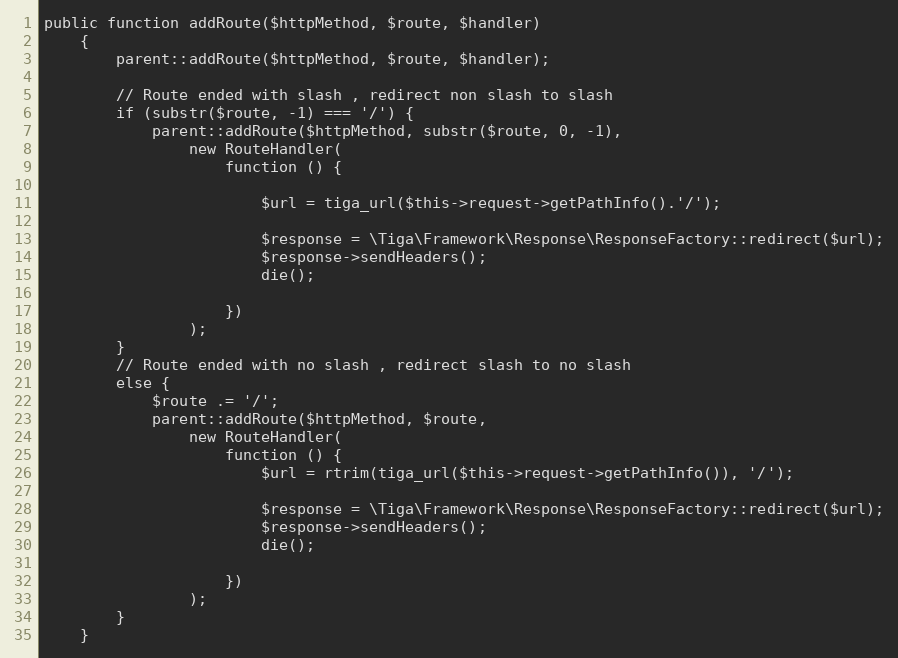
Language: PHP
public function addRoute($httpMethod, $route, $handler)
    {
        parent::addRoute($httpMethod, $route, $handler);

        // Route ended with slash , redirect non slash to slash
        if (substr($route, -1) === '/') {
            parent::addRoute($httpMethod, substr($route, 0, -1),
                new RouteHandler(
                    function () {

                        $url = tiga_url($this->request->getPathInfo().'/');

                        $response = \Tiga\Framework\Response\ResponseFactory::redirect($url);
                        $response->sendHeaders();
                        die();

                    })
                );
        }
        // Route ended with no slash , redirect slash to no slash
        else {
            $route .= '/';
            parent::addRoute($httpMethod, $route,
                new RouteHandler(
                    function () {
                        $url = rtrim(tiga_url($this->request->getPathInfo()), '/');

                        $response = \Tiga\Framework\Response\ResponseFactory::redirect($url);
                        $response->sendHeaders();
                        die();

                    })
                );
        }
    }